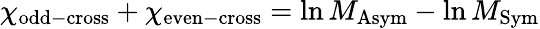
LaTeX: \chi_{\mathrm{odd-cross}}+\chi_{\mathrm{even-cross}}=\ln M_{\mathrm{Asym}}-\ln M_{\mathrm{Sym}}